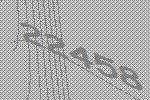
22458